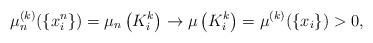
LaTeX: \begin{align*}\mu_n^{(k)}(\{x_i^n\})=\mu_n\left(K_i^k\right)\rightarrow \mu\left(K_i^k\right)=\mu^{(k)}(\{x_i\})>0,\end{align*}